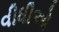
વીધીઓ